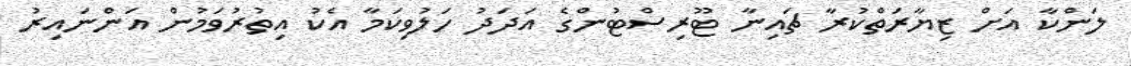
ލަންކާ އަށް ޒިޔާރަތްކުރާ ޗައިނާ ޓޫރިސްޓުންގެ އަދަދު ހަލުވިކަމާ އެކު އިތުރުވަމުން އަންނައިރު